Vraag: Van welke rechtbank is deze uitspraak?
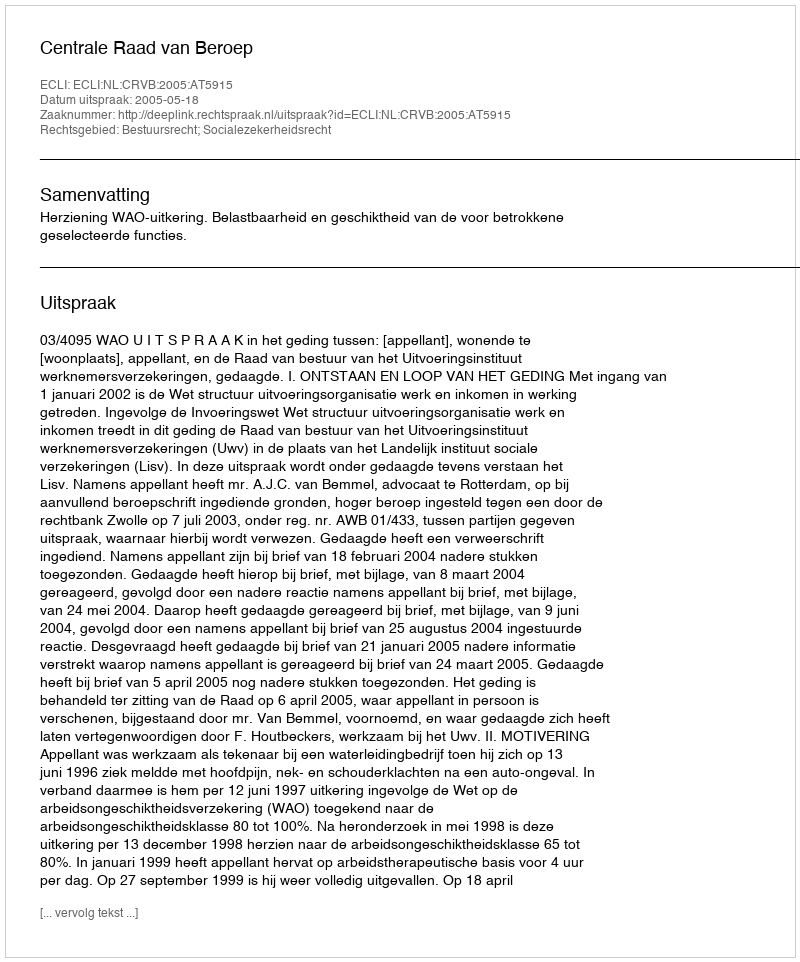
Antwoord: Centrale Raad van Beroep